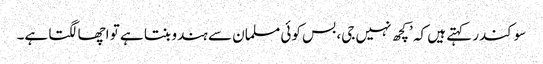
سوکندر کہتے ہیں کہ ’کچھ نہیں جی، بس کوئی مسلمان سے ہندو بنتا ہے تو اچھا لگتا ہے۔